Problem: 8 × 5 = ?
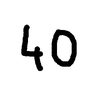
Handwritten answer: 40